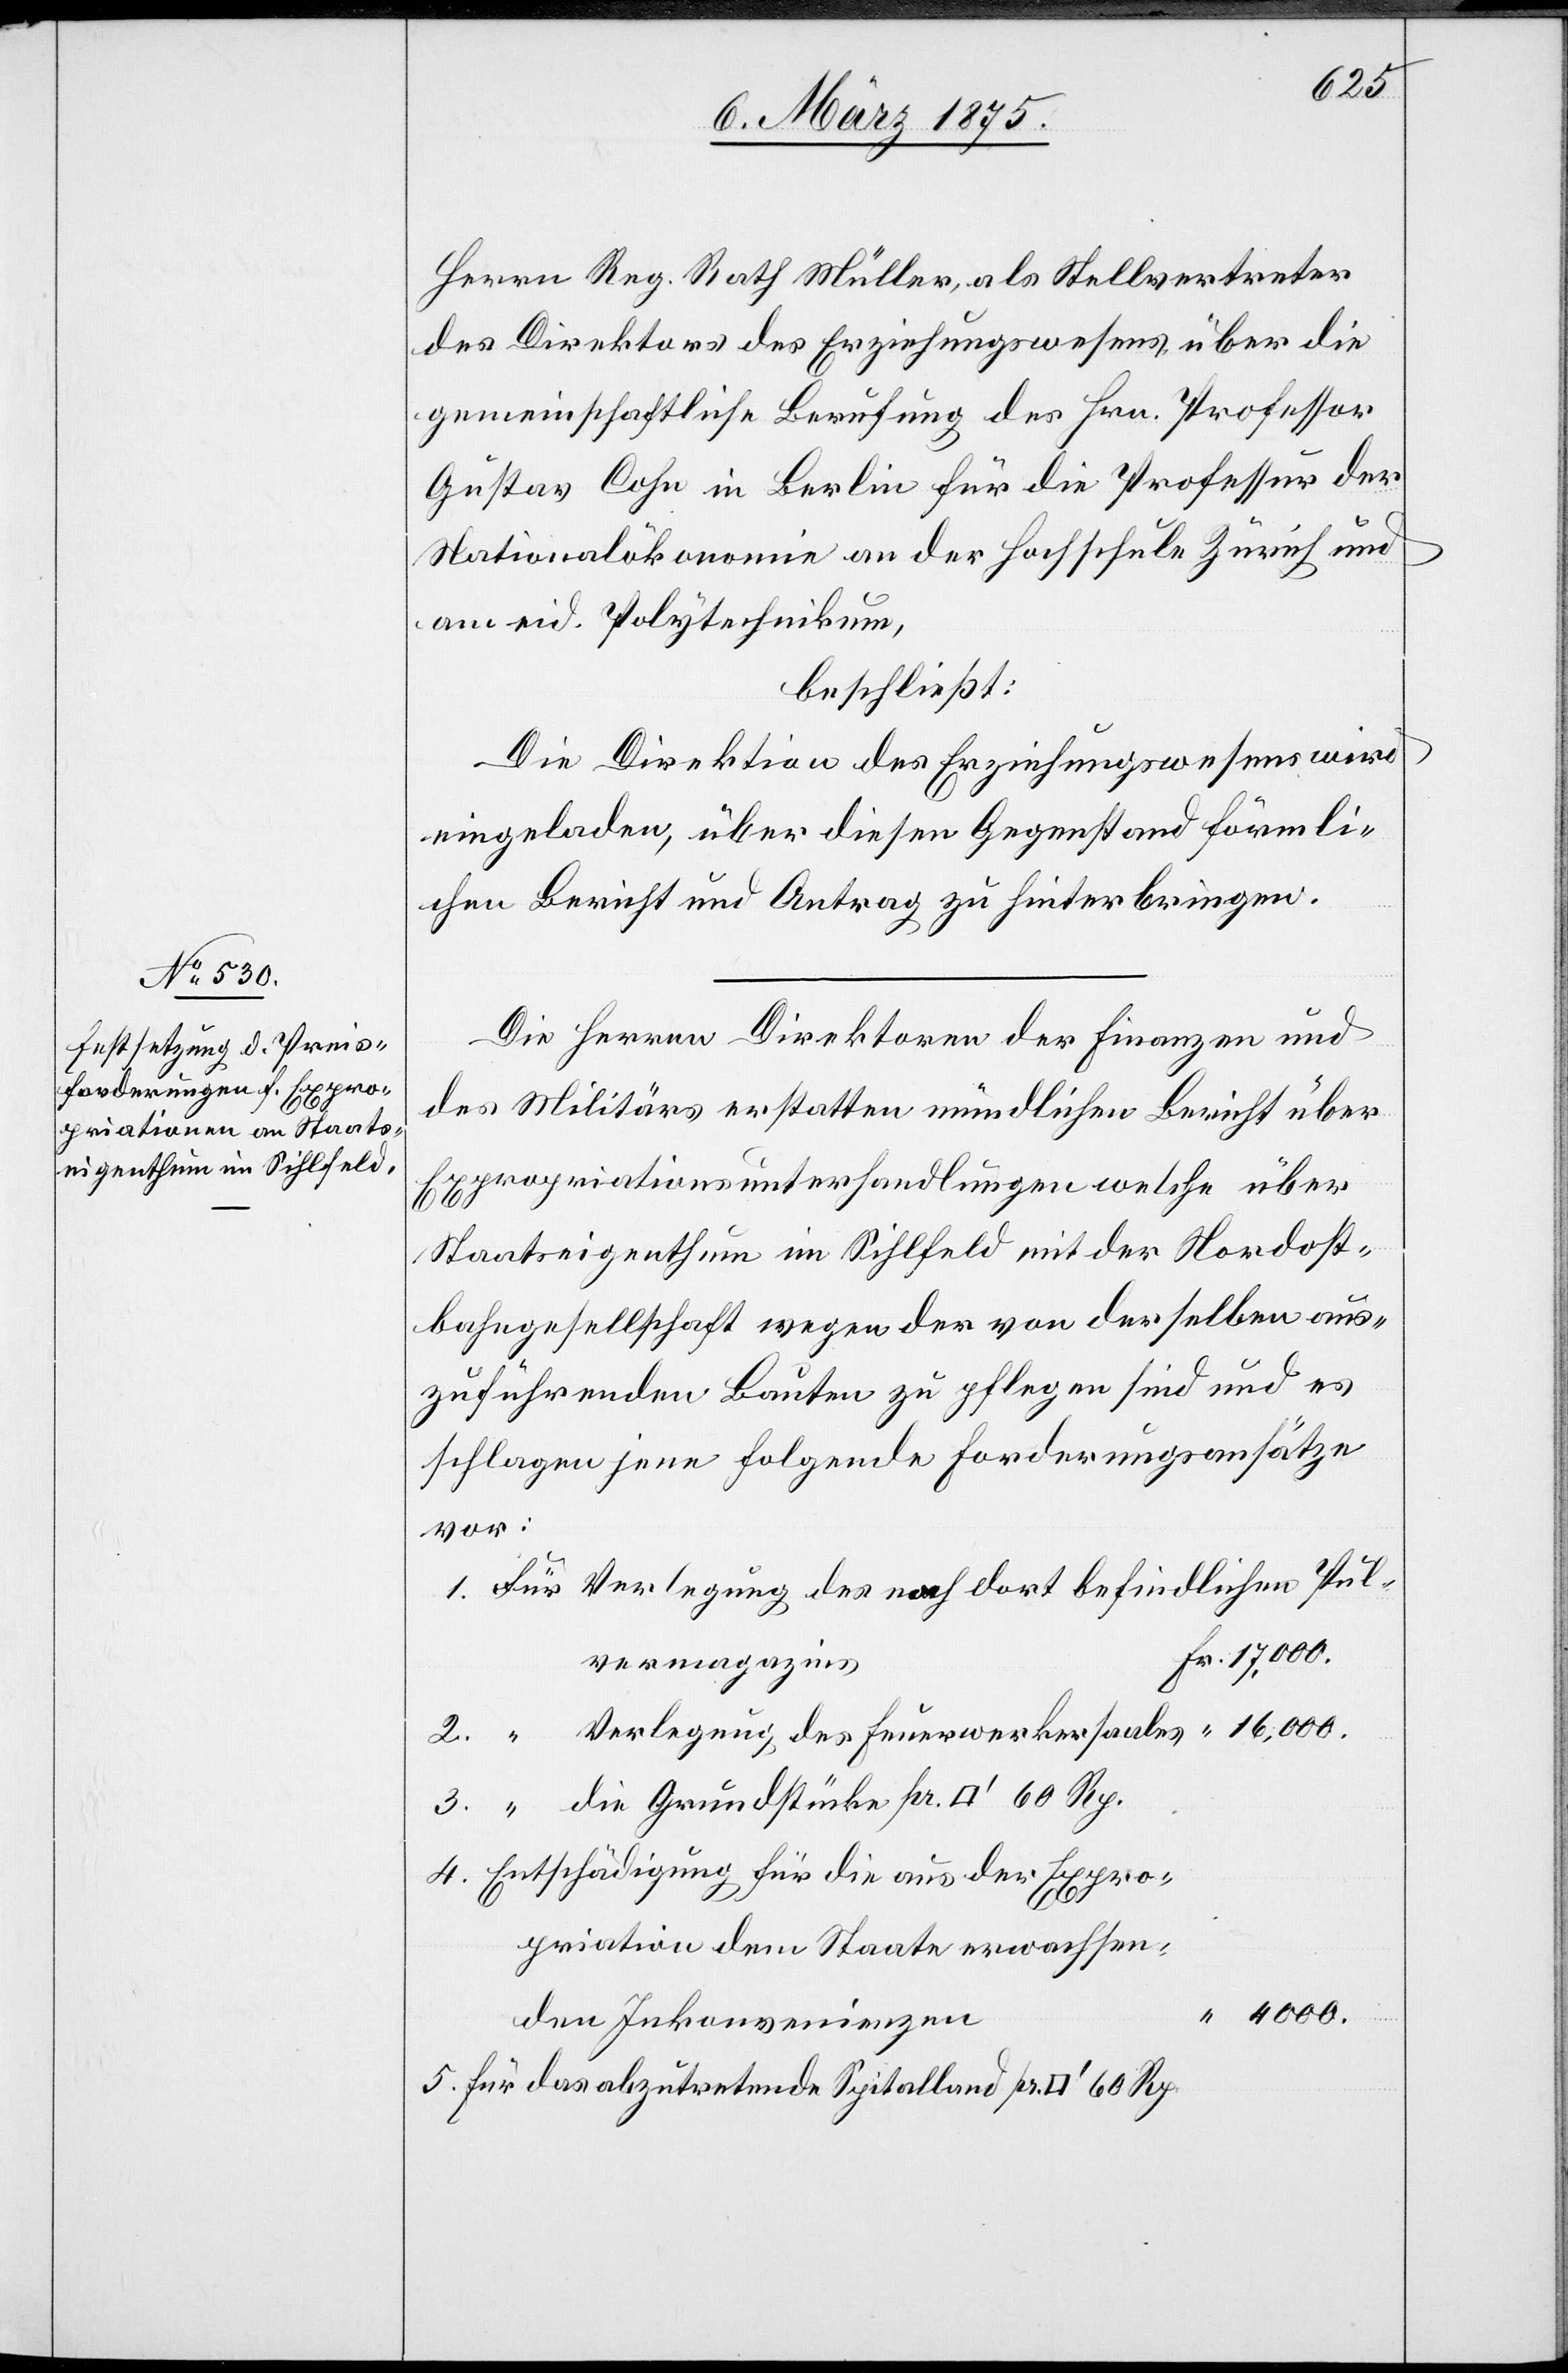
Herrn Reg. Rath Müller, als Stellvertreter
des Direktors des Erziehungswesens über die
gemeinschaftliche Berufung des Hrn. Professor
Gustav Cohn in Berlin für die Professur der
Nationalökonomie an der Hochschule Zürich und
am eid. Polytechnikum,
beschließt:
Die Direktion des Erziehungswesens wird
eingeladen, über diesen Gegenstand förmli¬
chen Bericht und Antrag zu hinterbringen.
Die Herren Direktoren der Finanzen und
des Militärs erstatten mündlichen Bericht über
Expropriationsunterhandlungen welche über
Staatseigenthum im Sihlfeld mit der Nordost¬
bahngesellschaft wegen der von derselben aus¬
zuführenden Bauten zu pflegen sind und es
schlagen jene folgende Forderungsansätze
vor:
vermagazins
3.
Entschädigung für die aus der Expro¬
60
priation dem Staate erwachsen¬
den Inkonvenienzen